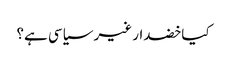
کیا خضدار غیر سیاسی ہے؟